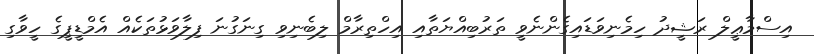
އިސްމާޢީލް ރަޝީދު ހިމެނިވަޑައިގެންނެވީ ތަރުބިއްޔަތާއި އިހްތިރާމް ލިބެނިވި ގިނަގުނަ ފިލާވަޅުތަކެއް އެމްޑީޕީގެ ހީވާގި